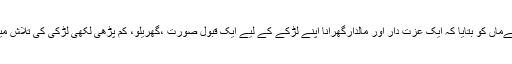
انہوں نےماں کو بتایا کہ ایک عزت دار اور مالدارگھرانا اپنے لڑکے کے لیے ایک قبول صورت ،گھریلو، کم پڑھی لکھی لڑکی کی تلاش میں ہے ۔